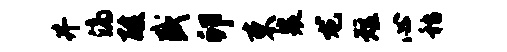
井滴酸盛卯束裟龙短心嵇